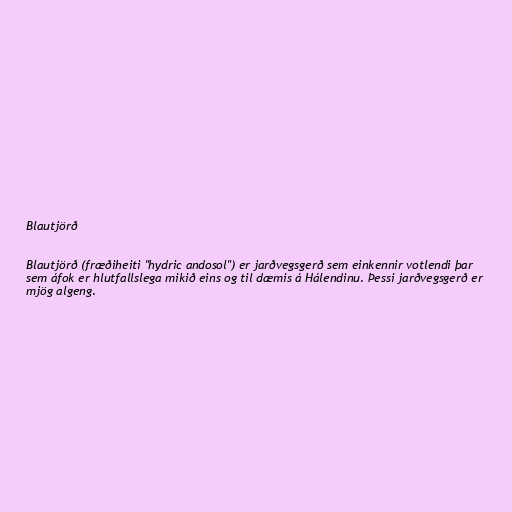
Blautjörð

Blautjörð (fræðiheiti "hydric andosol") er jarðvegsgerð sem einkennir votlendi þar
sem áfok er hlutfallslega mikið eins og til dæmis á Hálendinu. Þessi jarðvegsgerð er
mjög algeng.